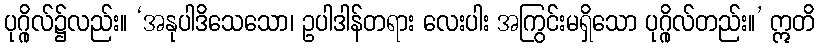
ပုဂ္ဂိုလ်၌လည်း။ ‘အနုပါဒိသေသော၊ ဥပါဒါန်တရား လေးပါး အကြွင်းမရှိသော ပုဂ္ဂိုလ်တည်း။’ ဣတိ